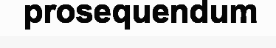
prosequendum